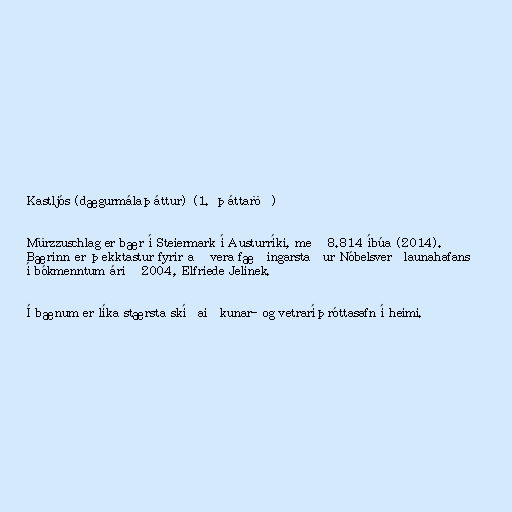
Kastljós (dægurmálaþáttur) (1. þáttaröð)

Mürzzuschlag er bær í Steiermark í Austurríki, með 8.814 íbúa (2014).
Bærinn er þekktastur fyrir að vera fæðingarstaður Nóbelsverðlaunahafans
í bókmenntum árið 2004, Elfriede Jelinek.

Í bænum er líka stærsta skíðaiðkunar- og vetraríþróttasafn í heimi.